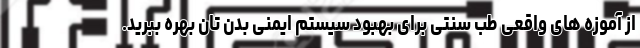
از آموزه های واقعی طب سنتی برای بهبود سیستم ایمنی بدن تان بهره ببرید.